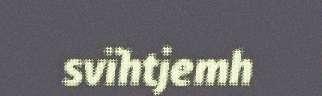
svïhtjemh